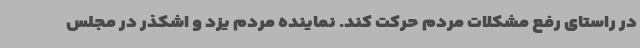
در راستای رفع مشکلات مردم حرکت کند. نماینده مردم یزد و اشکذر در مجلس